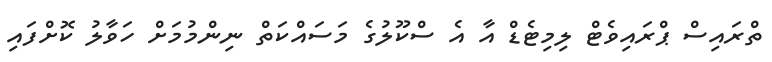
ތްރައިސް ޕްރައިވެޓް ލިމިޓެޑް އާ އެ ސްކޫލުގެ މަސައްކަތް ނިންމުމަށް ހަވާލު ކޮށްފައި